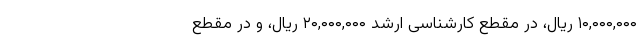
۱۰,۰۰۰,۰۰۰ ریال، در مقطع کارشناسی ارشد ۲۰,۰۰۰,۰۰۰ ریال، و در مقطع